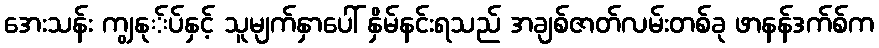
အေးသန်း ကျွနု်ပ်နှင့် သူမျက်နှာပေါ် နှိမ်နင်းရသည် အချစ်ဇာတ်လမ်းတစ်ခု ဖာနန်ဒက်စ်က